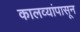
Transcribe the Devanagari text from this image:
कालव्यांपासून